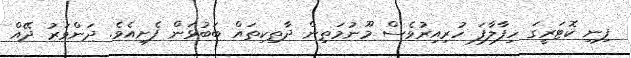
ފިނި ކޮޓަރީގަ ހިފާލާފަ ހުރިއިރުވެސް މޫނުމަތިން ދާތިކިތައް ބަބުޅަން ފެށިއެވެ. ދަންވަރު ދޭއް